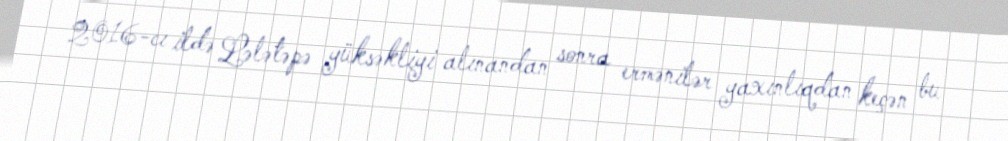
2016-cı ildə Lələtəpə yüksəkliyi alınandan sonra ermənilər yaxınlıqdan keçən bu